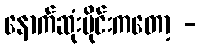
နောက်ဆုံးပိုင်းကတော့ -